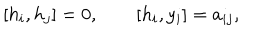
[ h _ { i } , h _ { j } ] = 0 , \qquad [ h _ { i } , y _ { i } ] = a _ { i j } ,